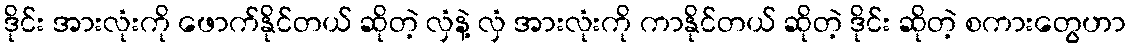
ဒိုင်း အားလုံးကို ဖောက်နိုင်တယ် ဆိုတဲ့ လှံနဲ့ လှံ အားလုံးကို ကာနိုင်တယ် ဆိုတဲ့ ဒိုင်း ဆိုတဲ့ စကားတွေဟာ